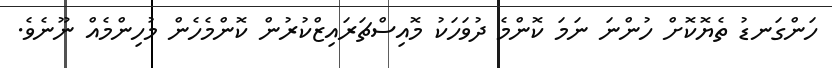
ހަންގަނޑު ތެޔޮކޮށް ހުންނަ ނަމަ ކޮންމެ ދުވަހަކު މޮއިސްޗަރައިޒްކުރުން ކޮންމެހެން މުހިންމެއް ނޫނެވެ.